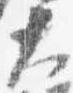
大